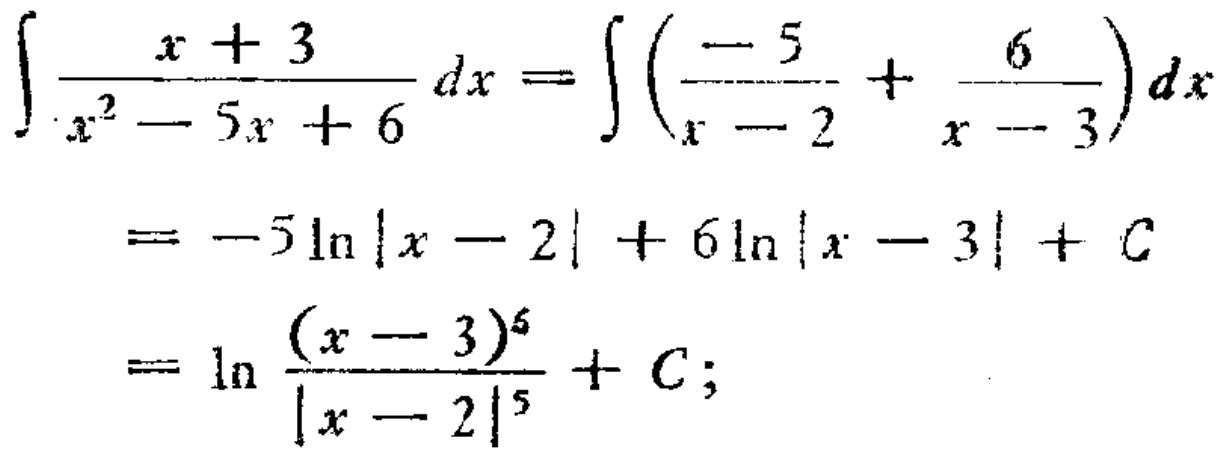
\[\begin{align*}

\int\frac{x + 3}{x^{2}-5x + 6}dx&=\int\left(\frac{-5}{x - 2}+\frac{6}{x - 3}\right)dx\\

&=-5\ln|x - 2|+6\ln|x - 3|+C\\

&=\ln\frac{(x - 3)^{6}}{|x - 2|^{5}}+C;

\end{align*}\]